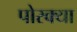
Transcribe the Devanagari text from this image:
पोरक्या